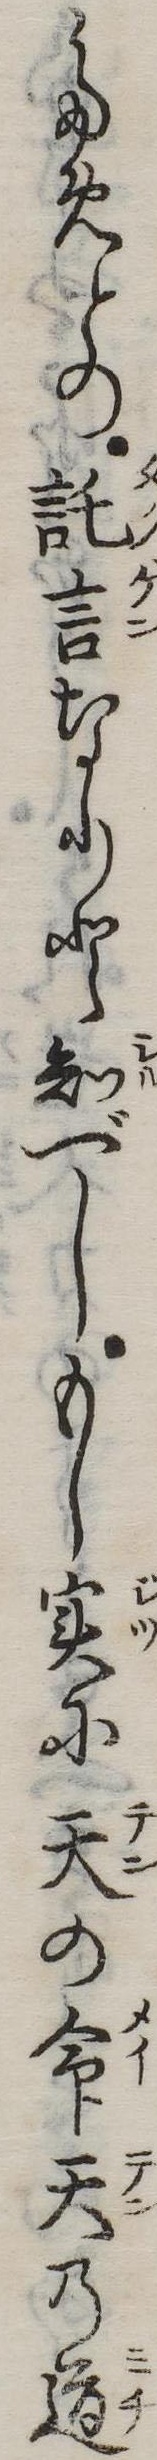
ためとの託言なりと知べしもし実に天の命天の道